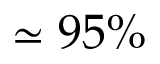
\simeq 9 5 \%